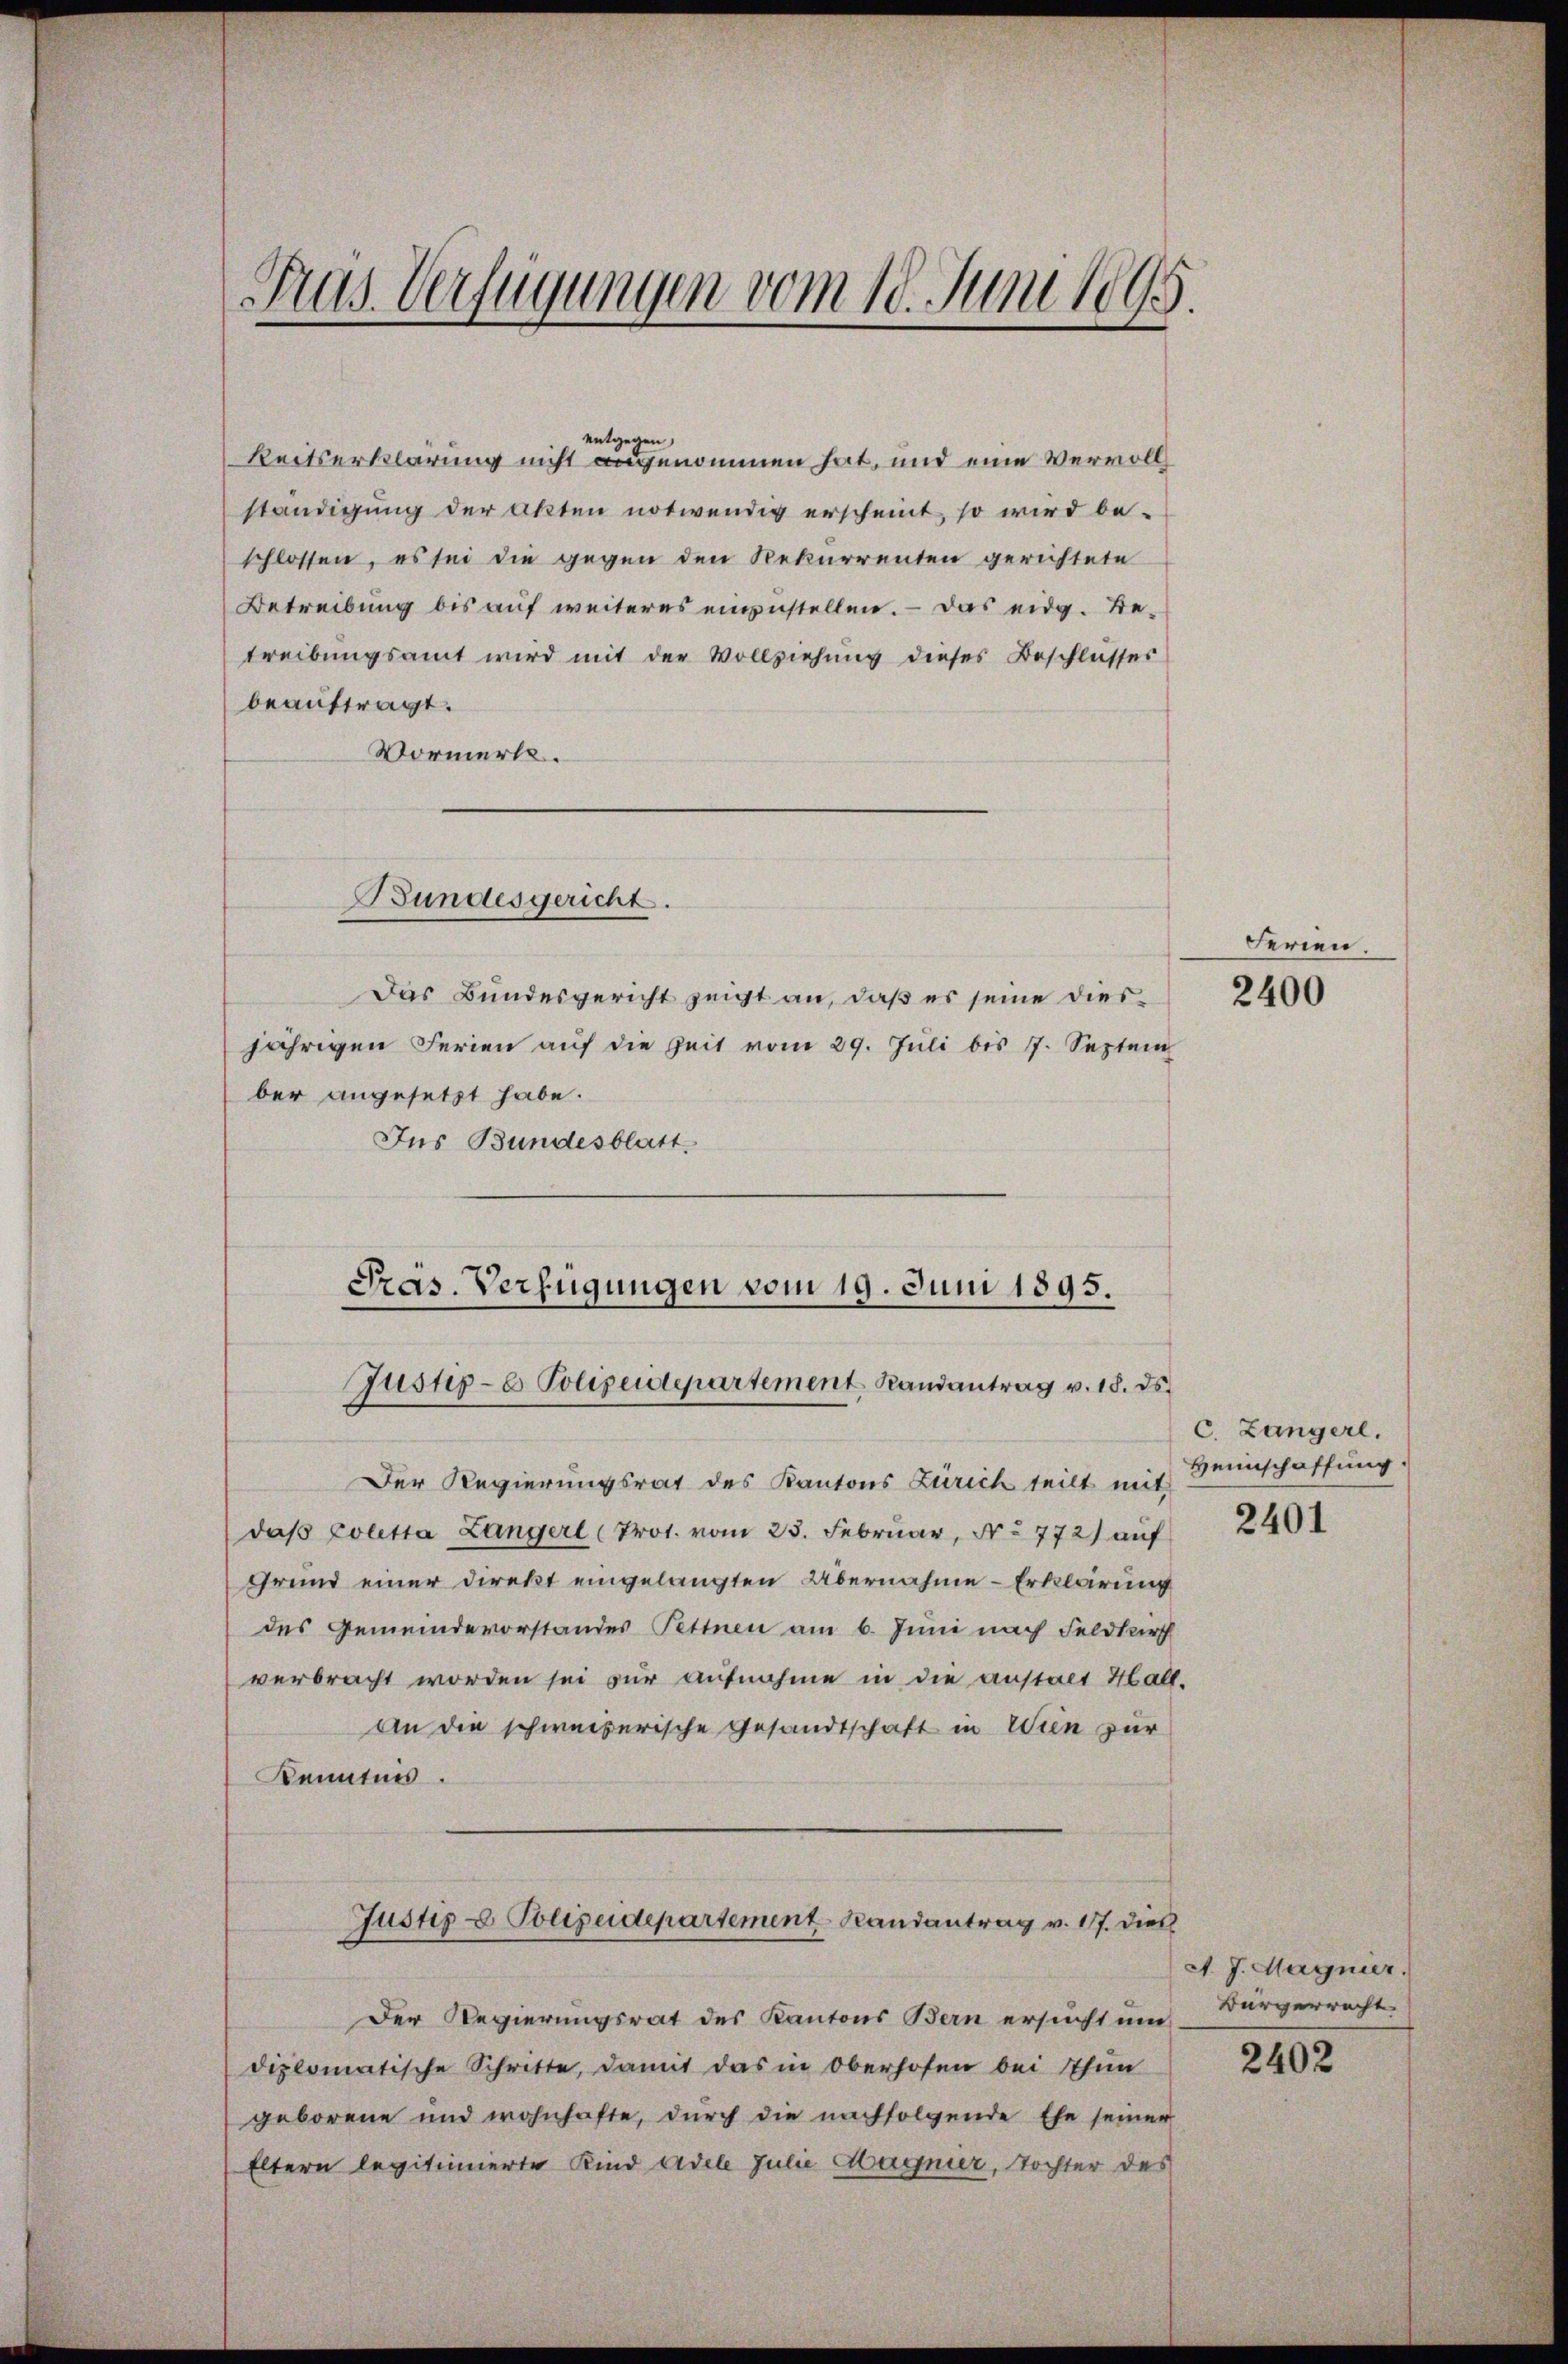
Pras. Verfügungen vom 18. Juni 1895.

entgegen
keitserklärung nicht angenommen hat, und eine Vervollständigung der Akten notwendig erscheint, so wird be-
schlossen, es sei die gegen den Rekurrenten gerichtete
Betreibung bis auf weiteres einzustellen. — Das eidg. Betreibungsamt wird mit der Vollziehung dieses Beschlusser
beauftragt.
Vormerk.
Bundesgericht.
Das Bundesgericht zeigt an, daß es seine diesjährigen Ferien auf die Zeit vom 29. Juli bis 7. Septem
ber angesetzt habe.
Ins Bundesblatt,
Pras. Verfügungen vom 19. Juni 1895.

Justiz- u. Polizeidepartement Randantrag v. 18. ds.

Der Regierungsrat des Kantons Zürich teilt mit
daß Coletta Langerl (Prot. vom 23. Februar, No 772) auf
Grund einer Direkt eingelangten Übernahme-Erklärung
des Gemeindevorstandes Pettnen am 6. Juni nach Feldkr
verbracht worden sei zur Aufnahme in die anstalt Hall-
An die schweizerische Gesandtschaft in Wien zur
Kenntnis.
Justiz & Polizeidepartement Randantrag v. 17. dies
Der Regierungsrat des Kantons Bern ersucht und
diplomatische Schritte, damit das in Oberhofen bei Thun
geborene und wohnhafte, durch die nachfolgende Ehe seiner
Eltern legitimierte Kind Adele Julie Magnier, Tochter des

Ferien.

2400

C. Längerl.
Heimschaffung.

2401

A. J. Magnier.
Bürgerrecht

2402